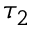
\tau _ { 2 }